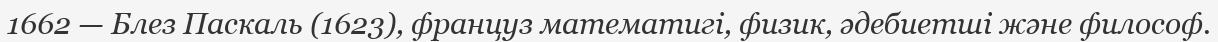
1662 — Блез Паскаль (1623), француз математигі, физик, әдебиетші және философ.